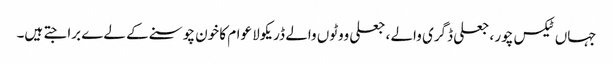
جہاں ٹیکس چور ، جعلی ڈگری والے ، جعلی ووٹوں والے ڈریکولا عوام کا خون چوسنے کے لےے برا جتے ہیں۔